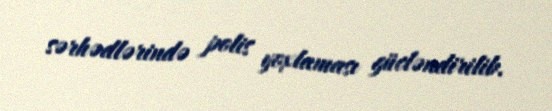
sərhədlərində polis yoxlaması gücləndirilib.